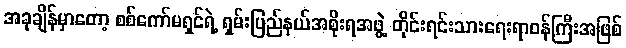
အခုချိန်မှာတော့ စစ်ကော်မရှင်ရဲ့ ရှမ်းပြည်နယ်အစိုးရအဖွဲ့ တိုင်းရင်းသားရေးရာဝန်ကြီးအဖြစ်